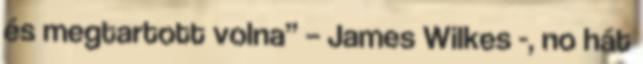
és megtartott volna” – James Wilkes -, no hát